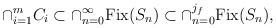
LaTeX: \begin{align*}\cap_{i=1}^{m}C_{i}\subset\cap_{n=0}^{\infty}\mathrm{Fix}(S_{n})\subset\cap_{n=0}^{j_{f}}\mathrm{Fix}(S_{n}),\end{align*}